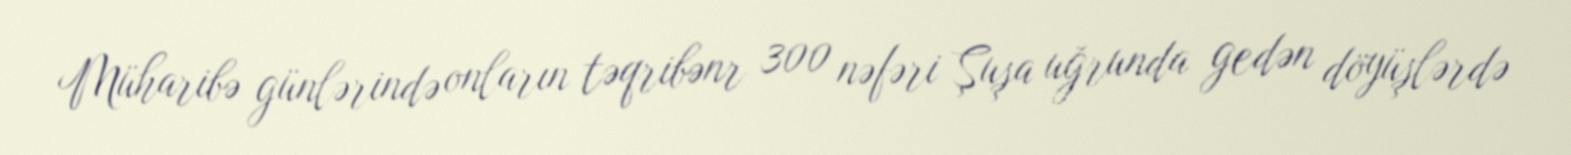
Müharibə günlərində onların təqribənr 300 nəfəri Şuşa uğrunda gedən döyüşlərdə